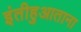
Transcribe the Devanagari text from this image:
इंतीहुआताना